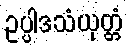
ဥပ္ပါဒသံယုတ္တံ